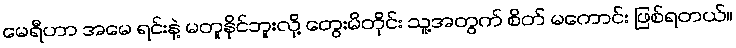
မေရီဟာ အမေ ရင်းနဲ့ မတူနိုင်ဘူးလို့ တွေးမိတိုင်း သူ့အတွက် စိတ် မကောင်း ဖြစ်ရတယ်။